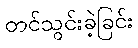
တင်သွင်းခဲ့ခြင်း